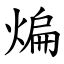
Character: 煸